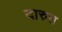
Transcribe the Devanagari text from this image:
दारुस